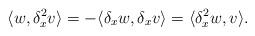
LaTeX: \begin{align*} \langle w,\delta_x^2 v\rangle=-\langle \delta_x w,\delta_x v\rangle=\langle \delta_x^2 w,v\rangle. \end{align*}